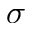
\sigma